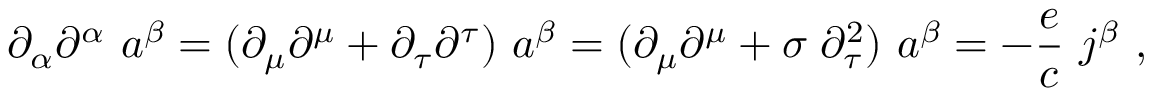
\partial _ { \alpha } \partial ^ { \alpha } \ a ^ { \beta } = ( \partial _ { \mu } \partial ^ { \mu } + \partial _ { \tau } \partial ^ { \tau } ) \ a ^ { \beta } = ( \partial _ { \mu } \partial ^ { \mu } + \sigma \; \partial _ { \tau } ^ { 2 } ) \ a ^ { \beta } = - \frac { e } { c } \ j ^ { \beta } \ ,